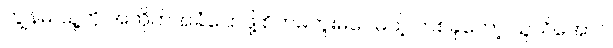
ကျွန်မ သူ့ကို အတိုက်အခံပြောဖို့ စိတ်မကူးမိပေမယ့် တစ်ခုတော့ သူသိအောင်